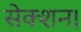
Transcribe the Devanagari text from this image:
सेक्शन।